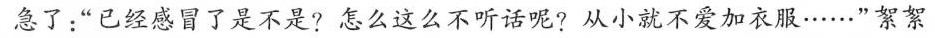
急了：“已经感冒了是不是?怎么这么不听话呢?从小就不爱加衣服……”絮絮